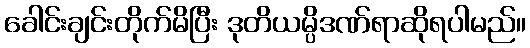
ခေါင်းချင်းတိုက်မိပြီး ဒုတိယမ္ပိဒဏ်ရာဆိုရပါမည်။